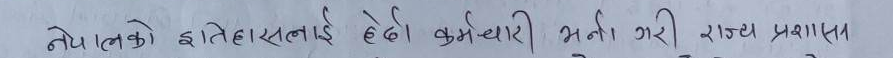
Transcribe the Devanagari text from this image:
नेपालको इतिहासलाई हेर्दा कर्मचारी भर्ती गरी राज्य प्रशासन